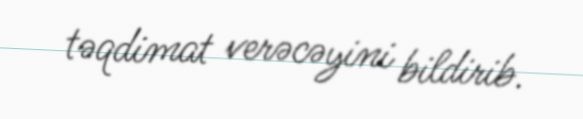
təqdimat verəcəyini bildirib.